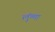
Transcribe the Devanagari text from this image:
लुंग्मा